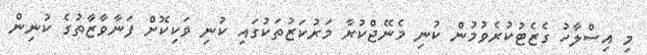
މި އިސްލާހު ގެޒެޓުކުރެވުމުން ކުނި މެނޭޖްކުރާ މަރުކަޒުތަކުގައި ކުނި ވަކިކޮށް ފަނާވާޒާތުގެ ކުނިން